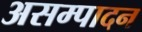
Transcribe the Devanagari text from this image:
असम्पादन